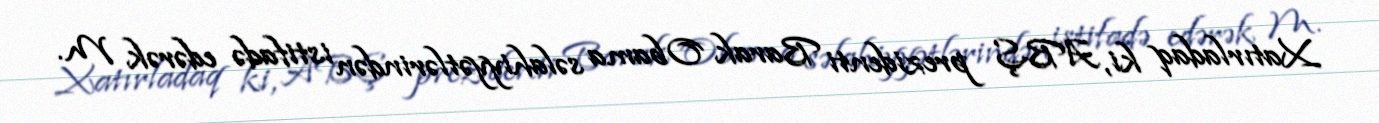
Xatırladaq ki, ABŞ prezidenti Barak Obama səlahiyyətlərindən istifadə edərək M.